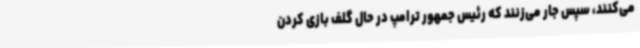
می‌کنند، سپس جار می‌زنند که رئیس جمهور ترامپ در حال گلف بازی کردن